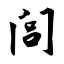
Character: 闾